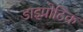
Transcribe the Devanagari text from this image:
डाइप्रोटिक